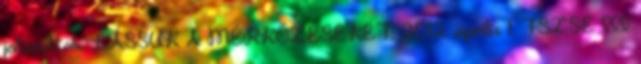
játszottak. LÁSSUK A MÉRKŐZÉSEKET: 2012. április 1. FSZSE III